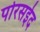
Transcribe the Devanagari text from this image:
पोरसईद